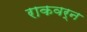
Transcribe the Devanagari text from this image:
राकवर्न